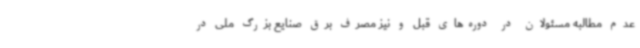
عدم مطالبه مسئولان در دوره‌های قبل و نیز مصرف برق صنایع بزرگ ملی در